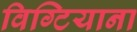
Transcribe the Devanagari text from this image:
विग्टियाना